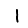
Digit: 1